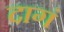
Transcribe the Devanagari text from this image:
दागं